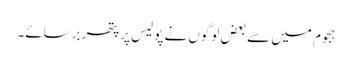
ہجوم میں سے بعض لوگوں نے پولیس پر پتھر برسائے۔